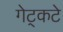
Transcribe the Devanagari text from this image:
गेट्कटे